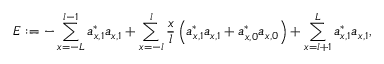
E : = - \sum _ { x = - L } ^ { l - 1 } a _ { x , 1 } ^ { \ast } a _ { x , 1 } + \sum _ { x = - l } ^ { l } \frac { x } { l } \left( a _ { x , 1 } ^ { \ast } a _ { x , 1 } + a _ { x , 0 } ^ { \ast } a _ { x , 0 } \right) + \sum _ { x = l + 1 } ^ { L } a _ { x , 1 } ^ { \ast } a _ { x , 1 } ,